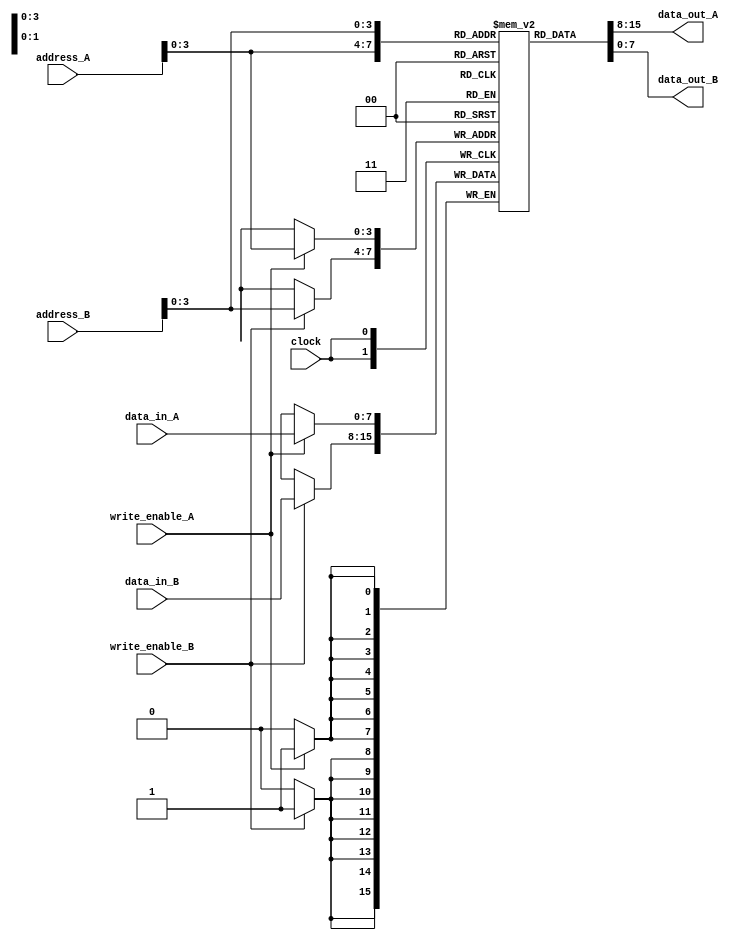
`timescale 1ns / 1ps
//////////////////////////////////////////////////////////////////////////////////
// Company: 
// 
// Design Name: Dual port ram design 
// Module Name: dual_port_ram
// Project Name: 
// Target Devices: 
// Tool Versions: 
// Description: 
// 
// Dependencies: 
// 
// Revision:
// Revision 0.01 - File Created
// Additional Comments:
// 
//////////////////////////////////////////////////////////////////////////////////


module dual_port_ram(
        input clock,
        input write_enable_A,
        input write_enable_B,
        input[7:0] data_in_A,
        input [7:0]data_in_B,
        input [7:0] address_A,
        input [7:0] address_B,
        output [7:0] data_out_A,
        output [7:0] data_out_B
        );
        
reg [7:0] mem [15:0];

/* Design 1
always @ (posedge clock)
	begin
		if (write_enable_A) 
		begin
			mem[address_A] <= data_in_A;
			data_out_A <= data_in_A;
		end
		else 
		begin
			data_out_A <= mem[address_A];
		end
	end
	
	// Port B
	always @ (posedge clock)
	begin
		if (write_enable_B)
		begin
			mem[address_B] <= data_in_B;
			data_out_B <= data_in_B;
		end
		else
		begin
			data_out_B <= mem[address_B];
		end
	end
	
endmodule*/

//Design 2
always @(posedge clock) begin
    if(write_enable_A) begin
        mem[address_A]<= data_in_A;
    end
    if(write_enable_B) begin
        mem[address_B]<= data_in_B;
    end
end

assign data_out_A = mem[address_A];
assign data_out_B = mem[address_B];

endmodule